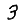
Digit: 3